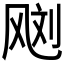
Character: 𱃙